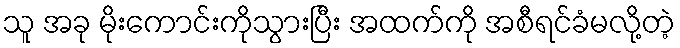
သူ အခု မိုးကောင်းကိုသွားပြီး အထက်ကို အစီရင်ခံမလို့တဲ့